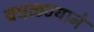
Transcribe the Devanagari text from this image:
चघळण्याने